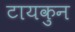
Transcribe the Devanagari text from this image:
टायकुन